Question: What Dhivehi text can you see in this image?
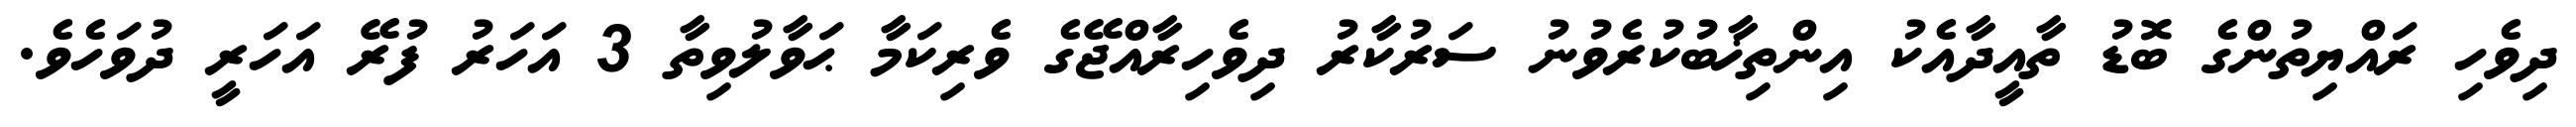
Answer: ދިވެހި ރައްޔިތުންގެ ބޮޑު ތާއީދާއެކު އިންތިޚާބުކުރެވުނު ސަރުކާރު ދިވެހިރާއްޖޭގެ ވެރިކަމާ ޙަވާލުވިތާ 3 އަހަރު ފުރޭ އަހަރީ ދުވަހެވެ.